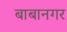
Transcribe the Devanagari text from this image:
बाबानगर